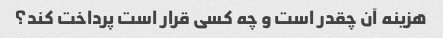
هزینه آن چقدر است و چه کسی قرار است پرداخت کند؟